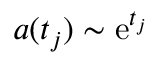
a ( t _ { j } ) \sim \mathrm { e } ^ { t _ { j } }